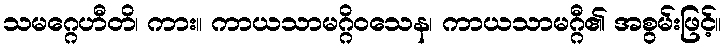
သမဂ္ဂေဟီတိ၊ ကား။ ကာယသာမဂ္ဂိဝသေန၊ ကာယသာမဂ္ဂီ၏ အစွမ်းဖြင့်။